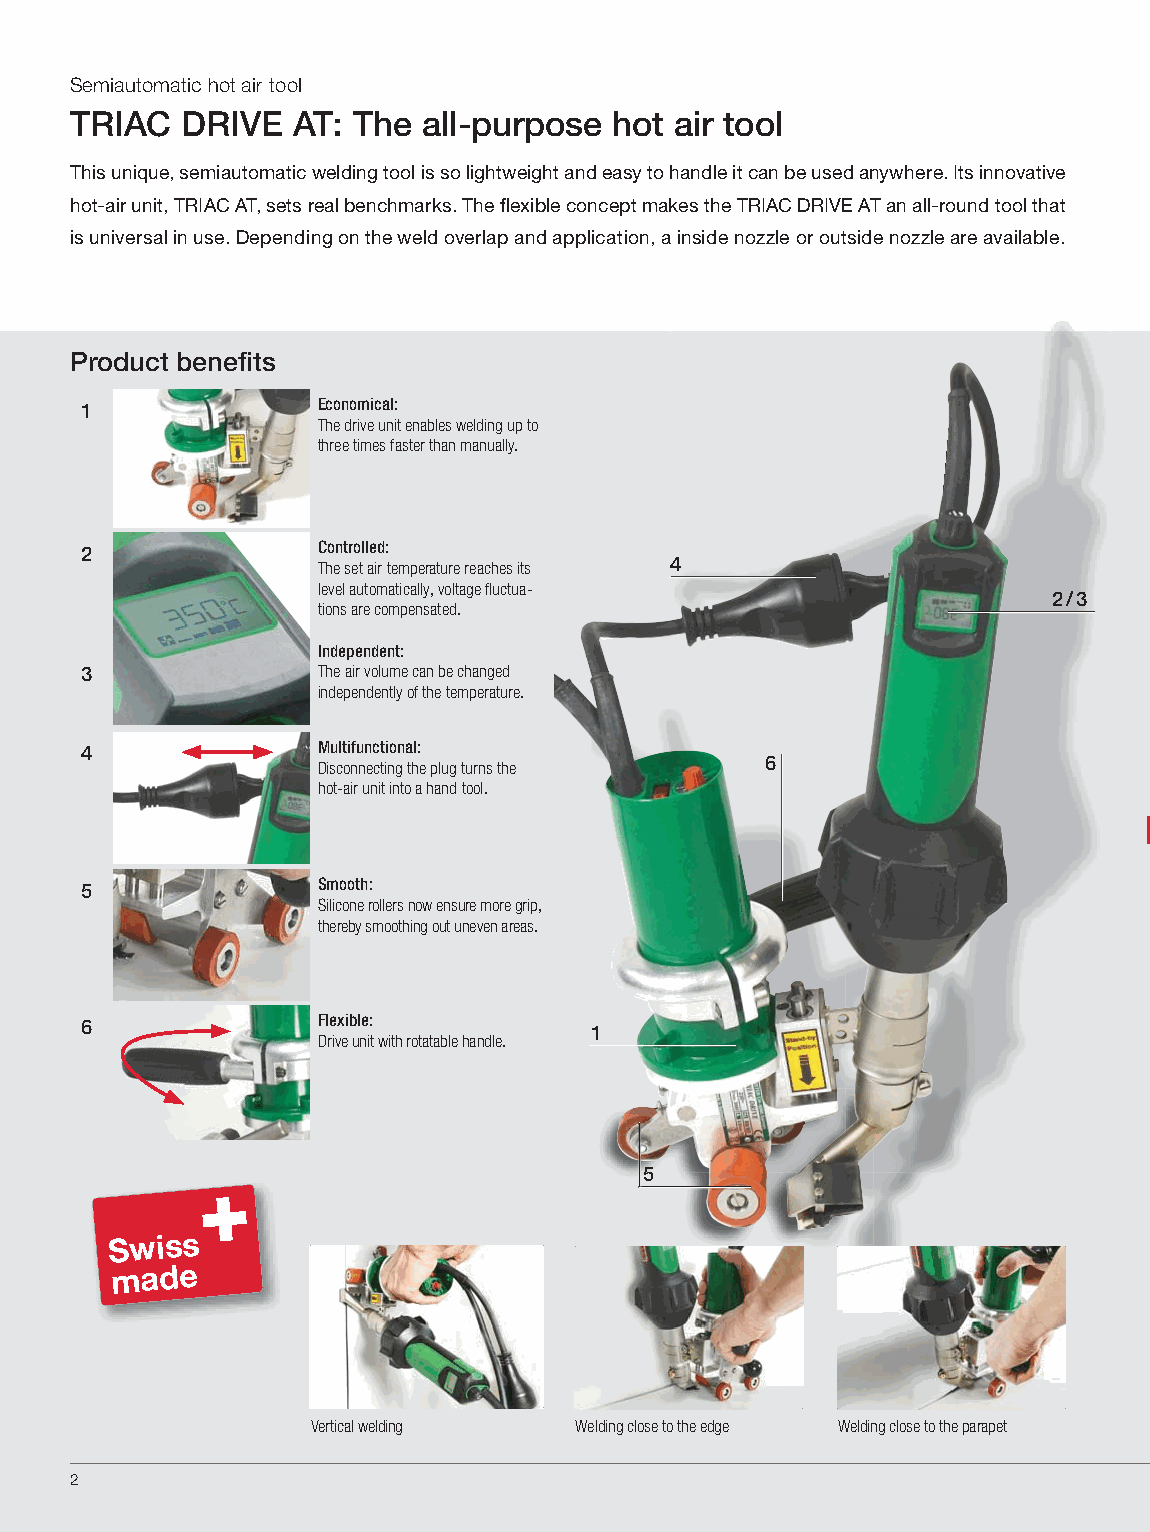
Semiautomatic hot air tool
 TRIAC  DRIVE  AT: The  all-purpose hot air tool
 This unique, semiautomatic welding tool is so lightweight and easy to handle it can be used anywhere. Its innovative
 hot-air unit, TRIAC AT, sets real benchmarks. The fl exible concept makes the TRIAC DRIVE AT an all-round tool that
 is universal in use. Depending on the weld overlap and application, a inside nozzle or outside nozzle are available.
 Product benefi ts
 1               Economical:
 The drive unit enables welding up to
 three times faster than manually.
 2               Controlled:
 The set air temperature reaches its 4
 level automatically, voltage fl uctua-
 2 / 3
 tions are compensated.
 Independent:
 3               The air volume can be changed
 independently of the temperature.
 4               Multifunctional:
 Disconnecting the plug turns the 6
 hot-air unit into a hand tool.
 5               Smooth:
 Silicone rollers now ensure more grip,
 thereby smoothing out uneven areas.
 6               Flexible:
 1
 Drive unit with rotatable handle.
 5
 Swiss
 made
 Vertical welding  Welding close to the edge Welding close to the parapet
 2